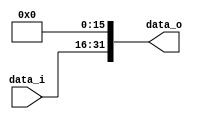
module Zero_Filled( data_i, data_o );

//I/O ports
input	[16-1:0] data_i;
output	[32-1:0] data_o;

//Internal Signals
wire	[32-1:0] data_o;

//Zero_Filled
/*your code here*/

assign data_o = {{data_i[15:0]},{16'd0}};

endmodule